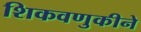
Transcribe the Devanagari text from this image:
शिकवणुकीने